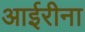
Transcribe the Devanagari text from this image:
आईरीना